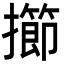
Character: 擳